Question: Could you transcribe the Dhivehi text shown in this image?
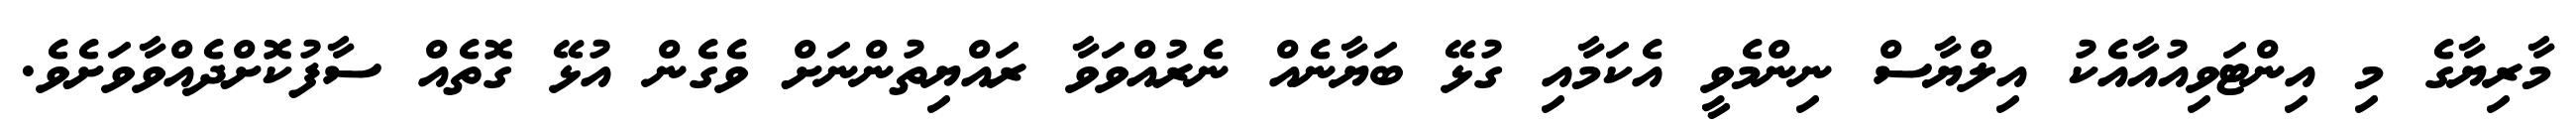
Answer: މާރިޔާގެ މި އިންޓަވިއުއާއެކު އިލްޔާސް ނިންމެވީ އެކަމާއި ގުޅޭ ބަޔާނެއް ނެރުއްވަވާ ރައްޔިތުންނަށް ވެގެން އުޅޭ ގޮތެއް ސާފުކޮށްދެއްވާވަށެވެ.